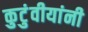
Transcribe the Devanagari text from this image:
कुटुंवीयांनी